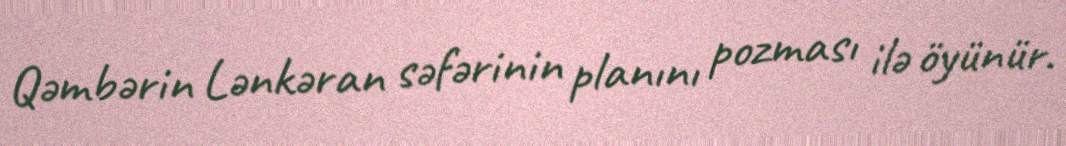
Qəmbərin Lənkəran səfərinin planını pozması ilə öyünür.